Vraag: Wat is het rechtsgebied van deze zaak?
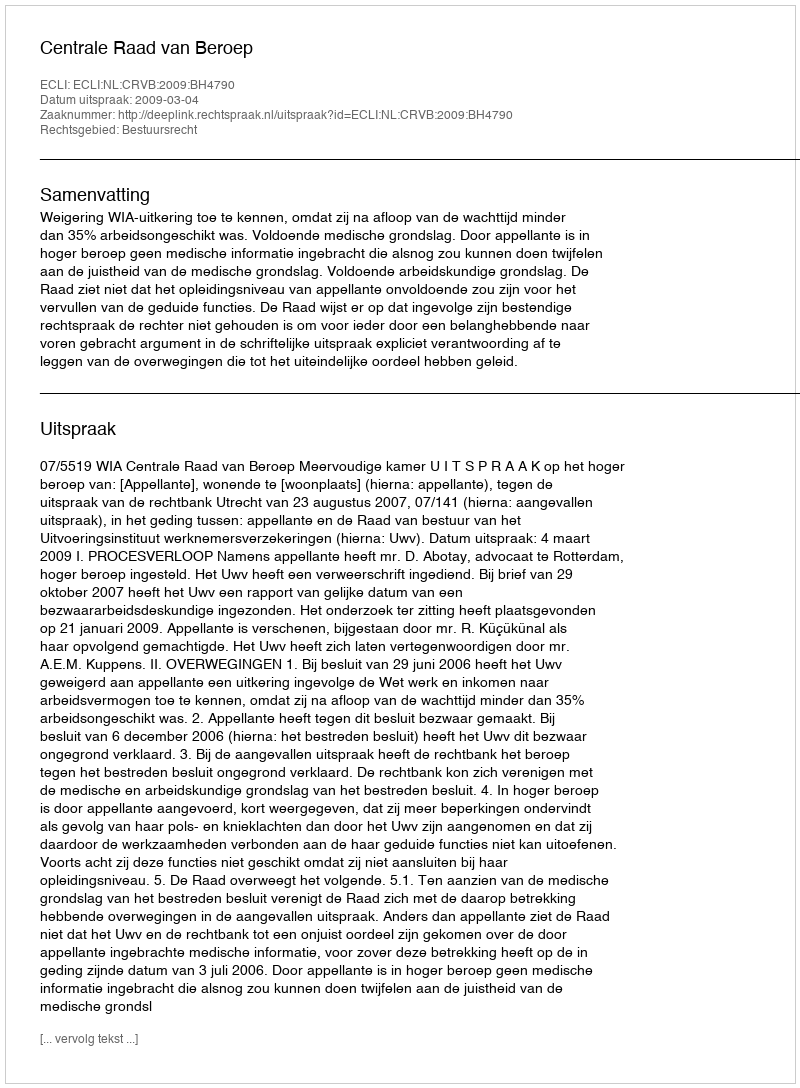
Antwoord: Bestuursrecht